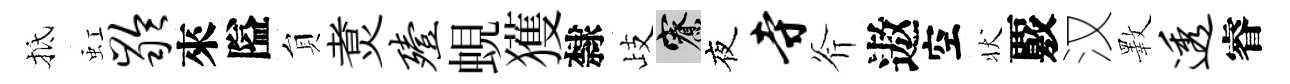
抵虹龄來隘貟煑殪蜆獲隸歧寮夜寺斧遨空状覈汉斁透睿